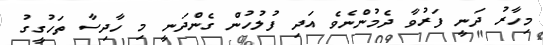
މިހާރު ދަނީ ފަރުވާ ދެމުންނެވެ އަދި ފުލުހުން ގެންދަނީ މި ހާދިސާ ތަހުގީގު